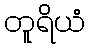
တူရိယံ